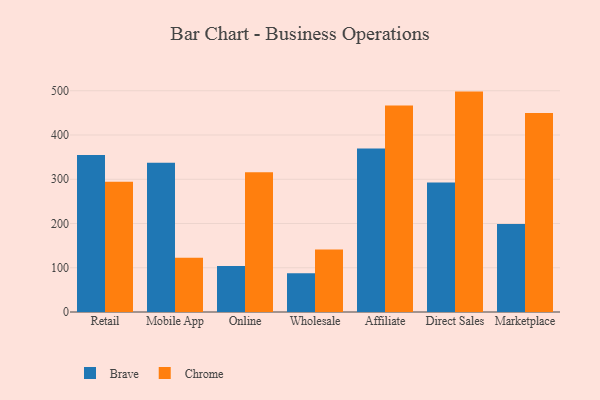
{"axis": {"x": "Channel", "y": "Production Output"}, "legend": ["Brave", "Chrome"], "data": [{"x": "Retail", "y": 354.8, "type": "Brave"}, {"x": "Retail", "y": 294.2, "type": "Chrome"}, {"x": "Mobile App", "y": 337.4, "type": "Brave"}, {"x": "Mobile App", "y": 122.7, "type": "Chrome"}, {"x": "Online", "y": 104.1, "type": "Brave"}, {"x": "Online", "y": 315.6, "type": "Chrome"}, {"x": "Wholesale", "y": 87.8, "type": "Brave"}, {"x": "Wholesale", "y": 141.4, "type": "Chrome"}, {"x": "Affiliate", "y": 369.5, "type": "Brave"}, {"x": "Affiliate", "y": 466.7, "type": "Chrome"}, {"x": "Direct Sales", "y": 292.5, "type": "Brave"}, {"x": "Direct Sales", "y": 498.1, "type": "Chrome"}, {"x": "Marketplace", "y": 198.9, "type": "Brave"}, {"x": "Marketplace", "y": 449.8, "type": "Chrome"}]}